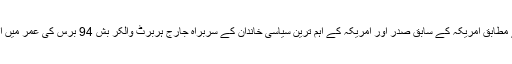
تفصیلات کے مطابق امریکہ کے سابق صدر اور امریکہ کے اہم ترین سیاسی خاندان کے سربراہ جارج ہربرٹ والکر بش 94 برس کی عمر میں انتقال کرگئے۔